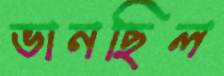
ভানছিল